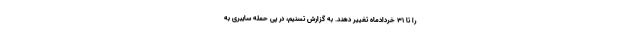
را تا ۳۱ خردادماه تغییر دهند. به گزارش تسنیم، در پی حمله سایبری به